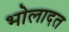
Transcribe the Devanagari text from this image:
भोलादत